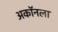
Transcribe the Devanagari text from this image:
अकॉनला